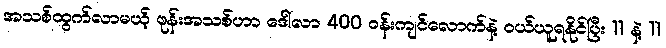
အသစ်ထွက်လာမယ့် ဖုန်းအသစ်ဟာ ဒေါ်လာ 400 ဝန်းကျင်လောက်နဲ့ ဝယ်ယူရနိုင်ပြီး 11 နဲ့ 11